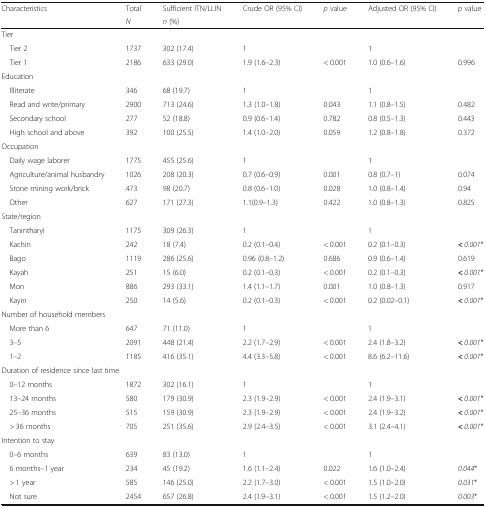
<table><thead><tr><td rowspan="2"><b>Characteristics</b></td><td><b>Total</b></td><td><b>Sufficient ITN/LLIN</b></td><td><b>Crude OR (95% CI)</b></td><td><b><i>p</i> value</b></td><td><b>Adjusted OR (95% CI)</b></td><td><b><i>p</i> value</b></td></tr><tr><td><b><i>N</i></b></td><td><b><i>n</i> (%)</b></td><td></td><td></td><td></td><td></td></tr></thead><tbody><tr><td colspan="7">Tier</td></tr><tr><td> Tier 2</td><td>1737</td><td>302 (17.4)</td><td>1</td><td></td><td>1</td><td></td></tr><tr><td> Tier 1</td><td>2186</td><td>633 (29.0)</td><td>1.9 (1.6–2.3)</td><td>&lt; 0.001</td><td>1.0 (0.6–1.6)</td><td>0.996</td></tr><tr><td colspan="7">Education</td></tr><tr><td> Illiterate</td><td>346</td><td>68 (19.7)</td><td>1</td><td></td><td>1</td><td></td></tr><tr><td> Read and write/primary</td><td>2900</td><td>713 (24.6)</td><td>1.3 (1.0–1.8)</td><td>0.043</td><td>1.1 (0.8–1.5)</td><td>0.482</td></tr><tr><td> Secondary school</td><td>277</td><td>52 (18.8)</td><td>0.9 (0.6–1.4)</td><td>0.782</td><td>0.8 (0.5–1.3)</td><td>0.443</td></tr><tr><td> High school and above</td><td>392</td><td>100 (25.5)</td><td>1.4 (1.0–2.0)</td><td>0.059</td><td>1.2 (0.8–1.8)</td><td>0.372</td></tr><tr><td colspan="7">Occupation</td></tr><tr><td> Daily wage laborer</td><td>1775</td><td>455 (25.6)</td><td>1</td><td></td><td>1</td><td></td></tr><tr><td> Agriculture/animal husbandry</td><td>1026</td><td>208 (20.3)</td><td>0.7 (0.6–0.9)</td><td>0.001</td><td>0.8 (0.7–1)</td><td>0.074</td></tr><tr><td> Stone mining work/brick</td><td>473</td><td>98 (20.7)</td><td>0.8 (0.6–1.0)</td><td>0.028</td><td>1.0 (0.8–1.4)</td><td>0.94</td></tr><tr><td> Other</td><td>627</td><td>171 (27.3)</td><td>1.1(0.9–1.3)</td><td>0.422</td><td>1.0 (0.8–1.3)</td><td>0.825</td></tr><tr><td colspan="7">State/region</td></tr><tr><td> Tanintharyi</td><td>1175</td><td>309 (26.3)</td><td>1</td><td></td><td>1</td><td></td></tr><tr><td> Kachin</td><td>242</td><td>18 (7.4)</td><td>0.2 (0.1–0.4)</td><td>&lt; 0.001</td><td>0.2 (0.1–0.3)</td><td><b>&lt;</b> <i>0.001</i>*</td></tr><tr><td> Bago</td><td>1119</td><td>286 (25.6)</td><td>0.96 (0.8–1.2)</td><td>0.686</td><td>0.9 (0.6–1.4)</td><td>0.619</td></tr><tr><td> Kayah</td><td>251</td><td>15 (6.0)</td><td>0.2 (0.1–0.3)</td><td>&lt; 0.001</td><td>0.2 (0.1–0.3)</td><td><b>&lt;</b> <i>0.001</i>*</td></tr><tr><td> Mon</td><td>886</td><td>293 (33.1)</td><td>1.4 (1.1–1.7)</td><td>0.001</td><td>1.0 (0.8–1.3)</td><td>0.917</td></tr><tr><td> Kayin</td><td>250</td><td>14 (5.6)</td><td>0.2 (0.1–0.3)</td><td>&lt; 0.001</td><td>0.2 (0.02–0.1)</td><td><b>&lt;</b> <i>0.001</i>*</td></tr><tr><td colspan="7">Number of household members</td></tr><tr><td> More than 6</td><td>647</td><td>71 (11.0)</td><td>1</td><td></td><td>1</td><td></td></tr><tr><td> 3–5</td><td>2091</td><td>448 (21.4)</td><td>2.2 (1.7–2.9)</td><td>&lt; 0.001</td><td>2.4 (1.8–3.2)</td><td><b>&lt;</b> <i>0.001</i>* </td></tr><tr><td> 1–2</td><td>1185</td><td>416 (35.1)</td><td>4.4 (3.3–5.8)</td><td>&lt; 0.001</td><td>8.6 (6.2–11.6)</td><td><b>&lt;</b> <i>0.001</i>*</td></tr><tr><td colspan="7">Duration of residence since last time</td></tr><tr><td> 0–12 months</td><td>1872</td><td>302 (16.1)</td><td>1</td><td></td><td>1</td><td></td></tr><tr><td> 13–24 months</td><td>580</td><td>179 (30.9)</td><td>2.3 (1.9–2.9)</td><td>&lt; 0.001</td><td>2.4 (1.9–3.1)</td><td><b>&lt;</b> <i>0.001</i>*</td></tr><tr><td> 25–36 months</td><td>515</td><td>159 (30.9)</td><td>2.3 (1.9–2.9)</td><td>&lt; 0.001</td><td>2.4 (1.9–3.2)</td><td><b>&lt;</b> <i>0.001</i>*</td></tr><tr><td> &gt; 36 months</td><td>705</td><td>251 (35.6)</td><td>2.9 (2.4–3.5)</td><td>&lt; 0.001</td><td>3.1 (2.4–4.1)</td><td><b>&lt;</b> <i>0.001</i>*</td></tr><tr><td colspan="7">Intention to stay</td></tr><tr><td> 0–6 months</td><td>639</td><td>83 (13.0)</td><td>1</td><td></td><td>1</td><td></td></tr><tr><td> 6 months–1 year</td><td>234</td><td>45 (19.2)</td><td>1.6 (1.1–2.4)</td><td>0.022</td><td>1.6 (1.0–2.4)</td><td><i>0.044</i>*</td></tr><tr><td> &gt; 1 year</td><td>585</td><td>146 (25.0)</td><td>2.2 (1.7–3.0)</td><td>&lt; 0.001</td><td>1.5 (1.0–2.0)</td><td><i>0.031</i>*</td></tr><tr><td> Not sure</td><td>2454</td><td>657 (26.8)</td><td>2.4 (1.9–3.1)</td><td>&lt; 0.001</td><td>1.5 (1.2–2.0)</td><td><i>0.003</i>*</td></tr></tbody></table>